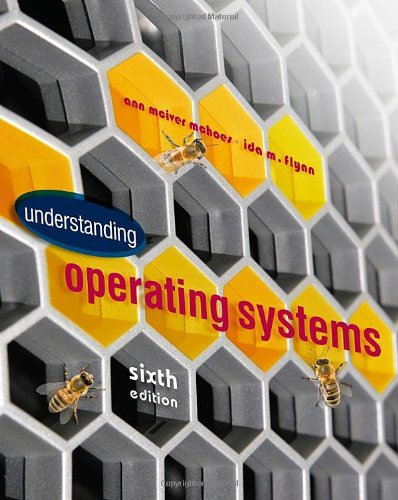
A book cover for Understanding Operating Systems (Advanced Topics); Ann McHoes; Computers & Technology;